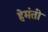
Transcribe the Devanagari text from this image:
हेमंती